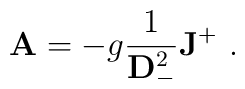
{\bf A} = -g{1\over {\bf D}_-^2}{\bf J }^+ \ .